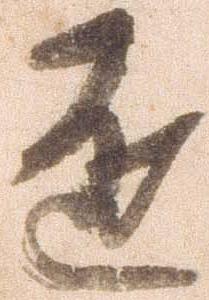
遠